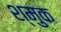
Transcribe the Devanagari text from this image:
श्मुक